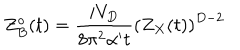
Z _ { B } ^ { o } ( t ) = { \frac { i V _ { D } } { 8 \pi ^ { 2 } \alpha ^ { \prime } t } } \left( Z _ { X } ( t ) \right) ^ { D - 2 }